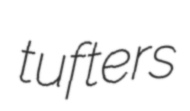
tufters